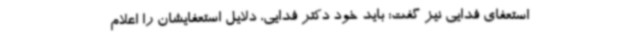
استعفای فدایی نیز گفت: باید خود دکتر فدایی، دلایل استعفایشان را اعلام